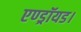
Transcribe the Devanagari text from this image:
एण्ड्रॉयड।